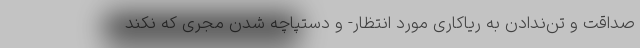
صداقت و تن‌ندادن به ریاکاری مورد انتظار- و دستپاچه شدن مجری که نکند